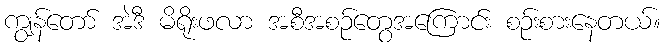
ကျွန်တော် အဲဒီ မိရိုးဖလာ အစီအစဉ်တွေအကြောင်း စဉ်းစားနေတယ်။